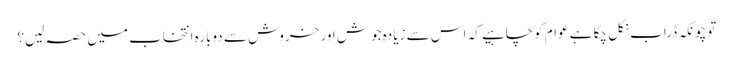
توچونکہ ڈراب نکل چکا ہے عوام کوچاہیے کہ اس سے زیادہ جوش اور خروش سے دوبارہ انتخاب میں حصہ لیں؟